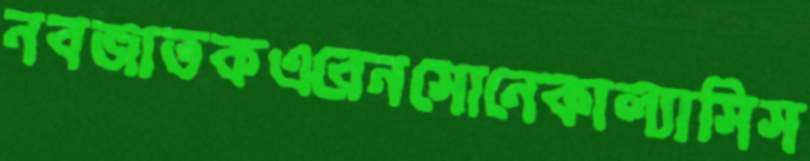
নবজাতকএরেনসোনেকাল্যাসিস